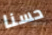
حسنا